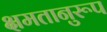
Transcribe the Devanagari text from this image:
क्षमतानुरूप